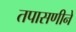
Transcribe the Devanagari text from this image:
तपासणीने